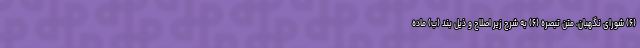
(۶) شورای نگهبان، متن تبصره (۶) به شرح زیر اصلاح و ذیل بند (ب) ماده